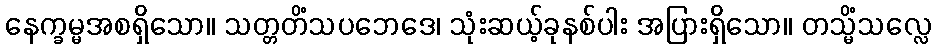
နေက္ခမ္မအစရှိသော။ သတ္တတိံသပဘေဒေ၊ သုံးဆယ့်ခုနစ်ပါး အပြားရှိသော။ တသ္မိံသလ္လေ